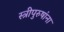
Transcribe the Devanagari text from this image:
स्त्रीपुरुषांना